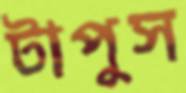
টাপুস